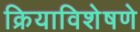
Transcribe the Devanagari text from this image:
क्रियाविशेषणे